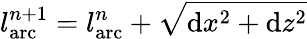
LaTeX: l_{\mathrm{arc}}^{n+1}=l_{\mathrm{arc}}^{n}+\sqrt{\mathrm{d}x^{2}+\mathrm{d}z^{2}}